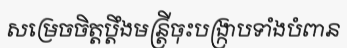
សម្រេចចិត្តប្តឹងមន្ត្រីចុះបង្ក្រាបទាំងបំពាន